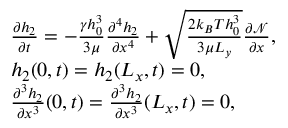
\begin{array} { r l } & { \frac { \partial h _ { 2 } } { \partial t } = - \frac { \gamma h _ { 0 } ^ { 3 } } { 3 \mu } \frac { \partial ^ { 4 } h _ { 2 } } { \partial x ^ { 4 } } + \sqrt { \frac { 2 k _ { B } T h _ { 0 } ^ { 3 } } { 3 \mu L _ { y } } } \frac { \partial \mathcal { N } } { \partial x } , } \\ & { h _ { 2 } ( 0 , t ) = h _ { 2 } ( L _ { x } , t ) = 0 , } \\ & { \frac { \partial ^ { 3 } h _ { 2 } } { \partial x ^ { 3 } } ( 0 , t ) = \frac { \partial ^ { 3 } h _ { 2 } } { \partial x ^ { 3 } } ( L _ { x } , t ) = 0 , } \end{array}